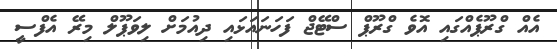
އެއް ގްރޫޕެއްގައި އޮވެ ގްރޫޕް ސްޓޭޖް ފަހަނައަޅައި ދިއުމަށް ލިވަޕޫލް މިރޭ އެފްސީ